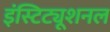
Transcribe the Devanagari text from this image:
इंस्टिट्यूशनल